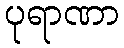
ပုရာဏာ